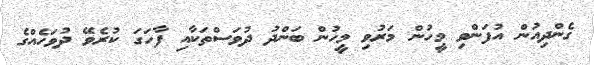
ގެންދިއުން އުފަންވި މީހުން މަރުވި މީހުން ބަންދު ދުވަސްތަކާއި ފާހަގަ ކުރެވޭ ދުވަހެއްގެ